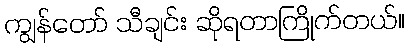
ကျွန်တော် သီချင်း ဆိုရတာကြိုက်တယ်။